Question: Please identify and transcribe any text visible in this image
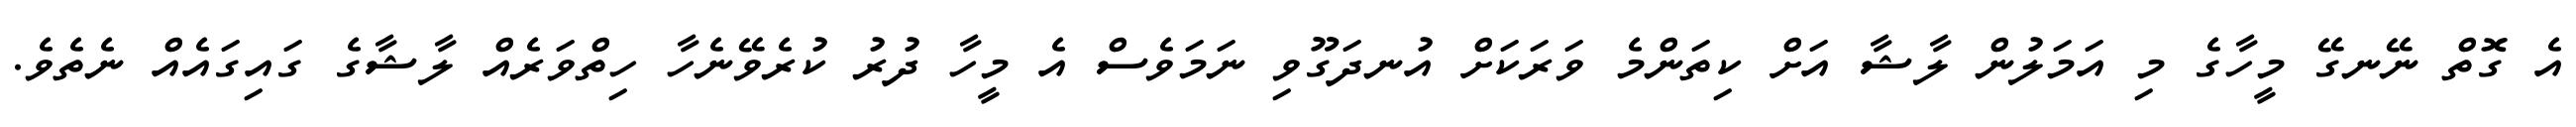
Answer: އެ ގޮތް ނޭނގޭ މީހާގެ މި އަމަލުން ލާޝާ އަށް ކިތަންމެ ވަރަކަށް އުނދަގޫވި ނަމަވެސް އެ މީހާ ދުރު ކުރެވޭނެހާ ހިތްވަރެއް ލާޝާގެ ގައިގައެއް ނެތެވެ.